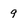
Character: 9